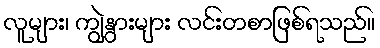
လူများ၊ ကျွဲနွားများ လင်းတစာဖြစ်ရသည်။